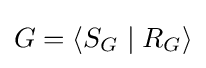
G=\langle S_{G}\mid R_{G}\rangle